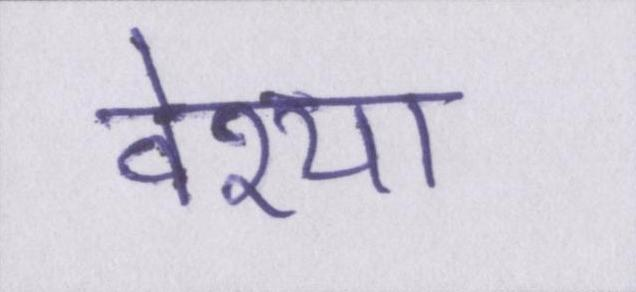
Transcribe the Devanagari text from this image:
वेश्या